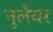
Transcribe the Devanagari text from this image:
नुलैयर